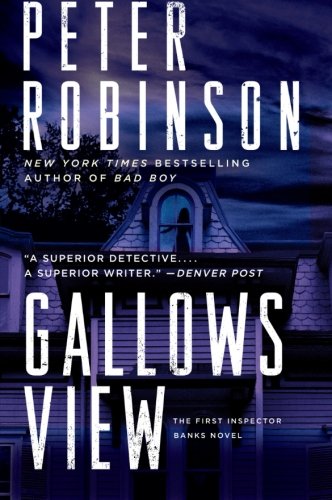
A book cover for Gallows View: The First Inspector Banks Novel; Peter Robinson; Mystery, Thriller & Suspense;